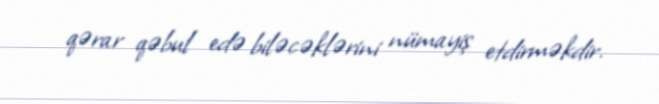
qərar qəbul edə biləcəklərini nümayiş etdirməkdir.